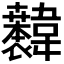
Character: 𫖐